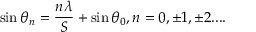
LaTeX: \sin \theta _ { n } = { \frac { n \lambda } { S } } + \sin \theta _ { 0 } , n = 0 , \pm 1 , \pm 2 . . . .